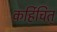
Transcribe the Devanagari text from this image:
कर्हिचित्